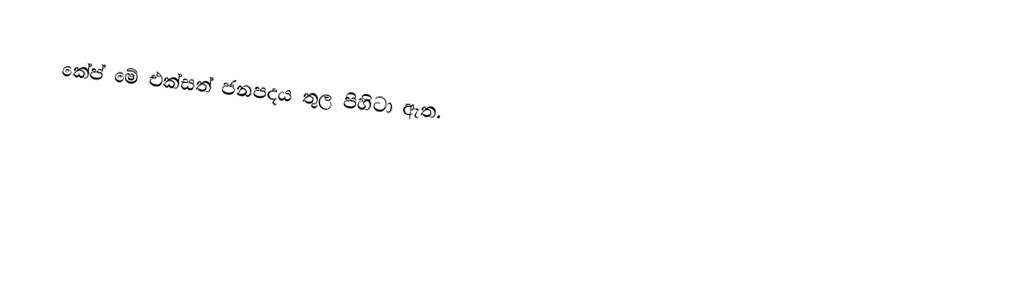
කේප් මේ එක්සත් ජනපදය තුල පිහිටා ඇත.